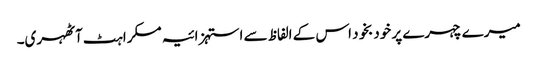
میرے چہرے پر خودبخود اس کے الفاظ سے استہزائیہ مسکراہٹ آٹھہری۔